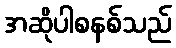
အဆိုပါစနစ်သည်